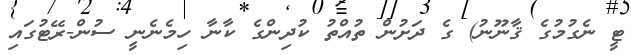
ޓީ ނެގުމުގެ ޤާނޫނު) ގެ ދަށުން ތުއްތު ކުދިންގެ ކާނާ ހިމެނެނީ ސުން-ރޭޓުގައި